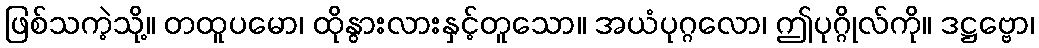
ဖြစ်သကဲ့သို့။ တထူပမော၊ ထိုနွားလားနှင့်တူသော။ အယံပုဂ္ဂလော၊ ဤပုဂ္ဂိုလ်ကို။ ဒဋ္ဌဗ္ဗော၊